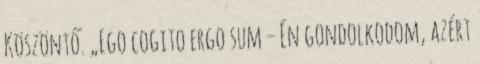
Köszöntő. „Ego cogito ergo sum – Én gondolkodom, azért